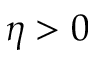
\eta > 0